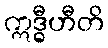
ဣဒ္ဓီဟီတိ